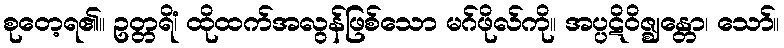
စုတေ့ရ၏။ ဥတ္တရိံ၊ ထိုထက်အလွန်ဖြစ်သော မဂ်ဖိုလ်ကို။ အပ္ပဋိဝိဇ္ဈန္တော၊ သော်။